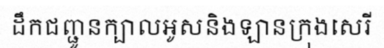
ដឹកជញ្ជូនក្បាលអូសនិងឡានក្រុងសេរី